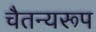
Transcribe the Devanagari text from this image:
चैतन्यरूप